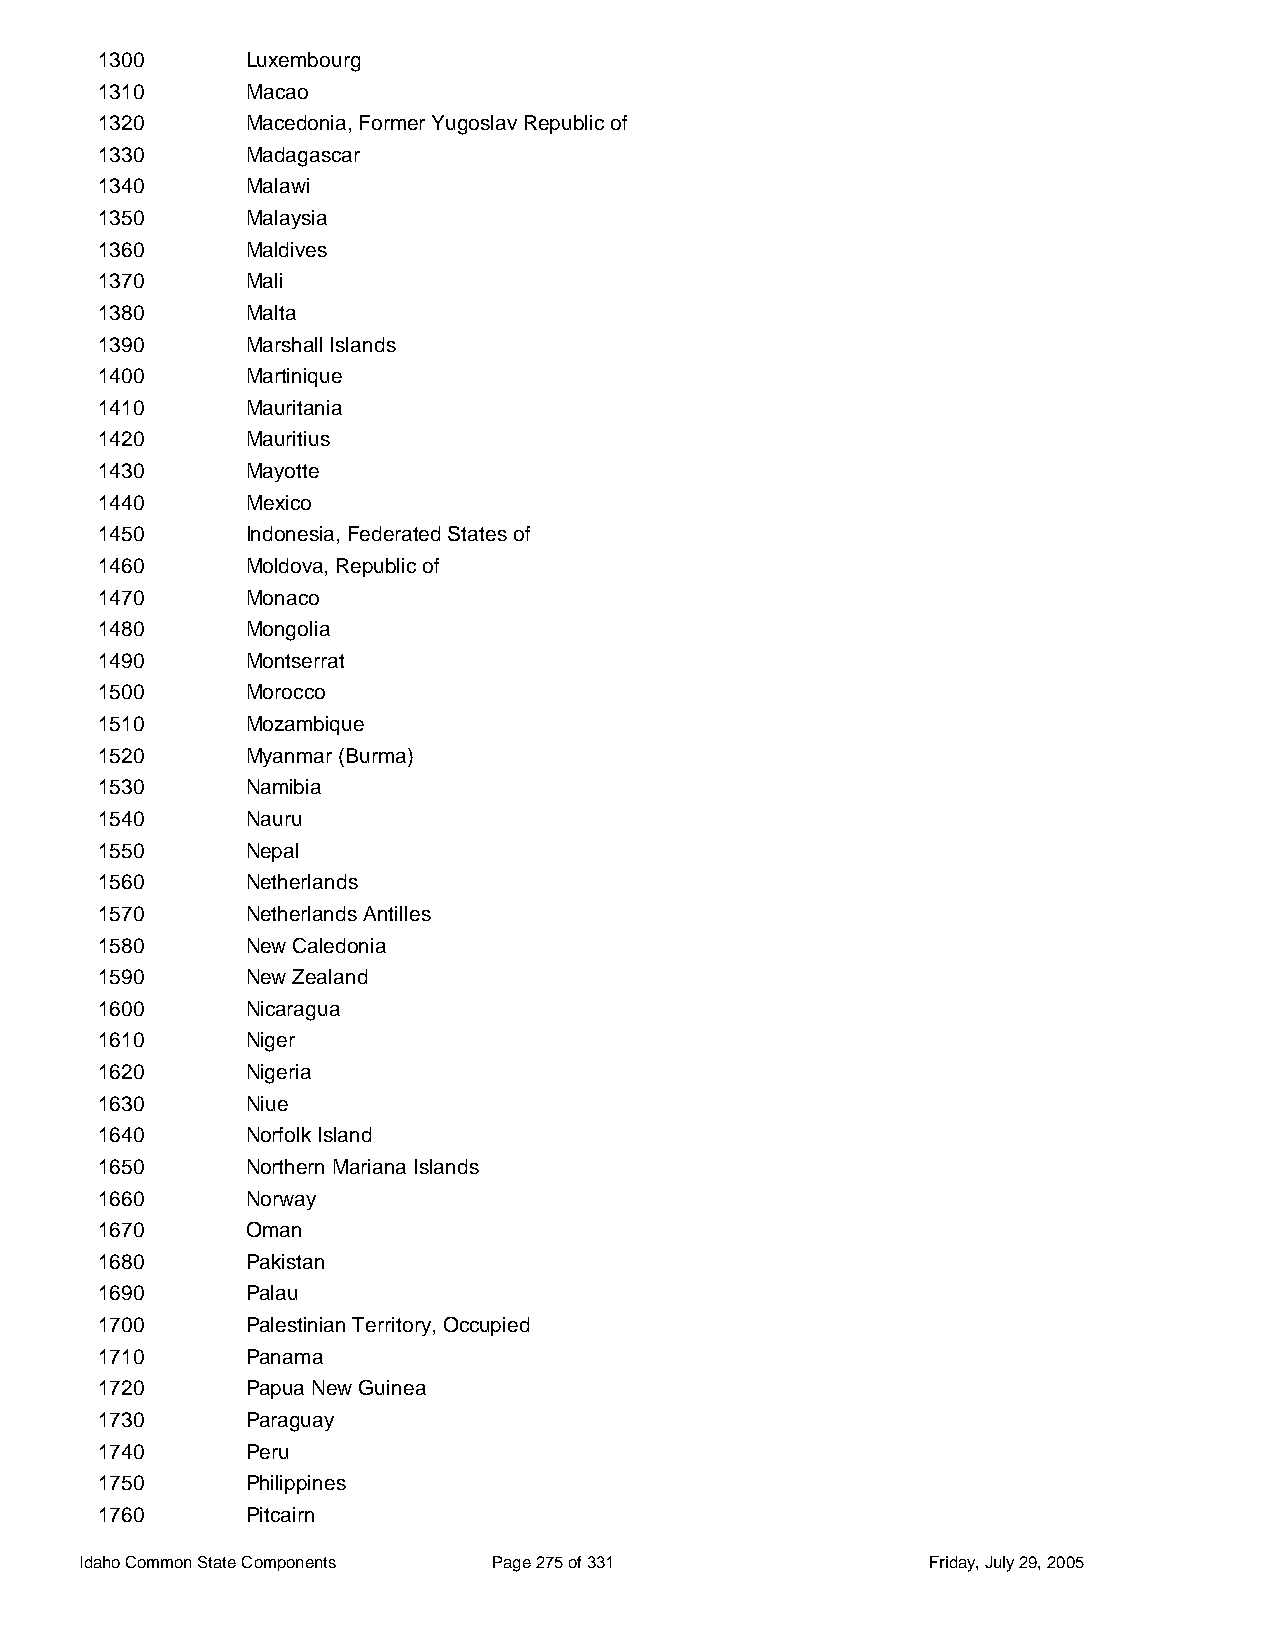
1300      Luxembourg
 1310      Macao
 1320      Macedonia, Former Yugoslav Republic of
 1330      Madagascar
 1340      Malawi
 1350      Malaysia
 1360      Maldives
 1370      Mali
 1380      Malta
 1390      Marshall Islands
 1400      Martinique
 1410      Mauritania
 1420      Mauritius
 1430      Mayotte
 1440      Mexico
 1450      Indonesia, Federated States of
 1460      Moldova, Republic of
 1470      Monaco
 1480      Mongolia
 1490      Montserrat
 1500      Morocco
 1510      Mozambique
 1520      Myanmar (Burma)
 1530      Namibia
 1540      Nauru
 1550      Nepal
 1560      Netherlands
 1570      Netherlands Antilles
 1580      New Caledonia
 1590      New Zealand
 1600      Nicaragua
 1610      Niger
 1620      Nigeria
 1630      Niue
 1640      Norfolk Island
 1650      Northern Mariana Islands
 1660      Norway
 1670      Oman
 1680      Pakistan
 1690      Palau
 1700      Palestinian Territory, Occupied
 1710      Panama
 1720      Papua New Guinea
 1730      Paraguay
 1740      Peru
 1750      Philippines
 1760      Pitcairn
 Idaho Common State Components Page 275 of 331           Friday, July 29, 2005